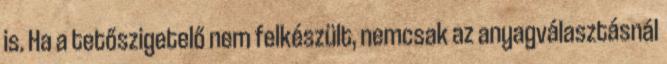
is. Ha a tetőszigetelő nem felkészült, nemcsak az anyagválasztásnál